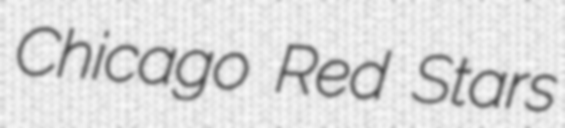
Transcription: Chicago Red Stars